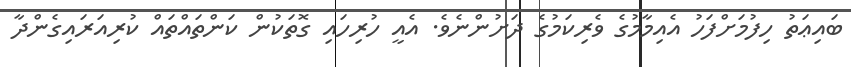
ބައިޢަތު ހިފުމަށްފަހު އެއިމާމުގެ ވެރިކަމުގެ ދަށުންނެވެ. އެއީ ހުރިހައި ގޮތަކުން ކަންތައްތައް ކުރިއަރައިގެންދާ